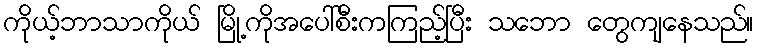
ကိုယ့်ဘာသာကိုယ် မြို့ကိုအပေါ်စီးကကြည့်ပြီး သဘော တွေကျနေသည်။